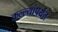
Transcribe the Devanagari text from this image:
कल्ल्यांपर्यंत